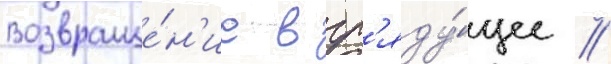
Возвраще́н'ие в гр'яду́щее //